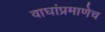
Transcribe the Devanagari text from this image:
वाघांप्रमाणेच